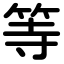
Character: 等